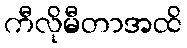
ကီလိုမီတာအထိ